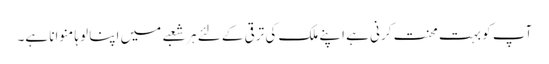
آپ کو بہت محنت کرنی ہے اپنے ملک کی ترقی کے لئے ہر شعبے میں اپنا لوہا منوانا ہے۔